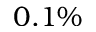
0 . 1 \%